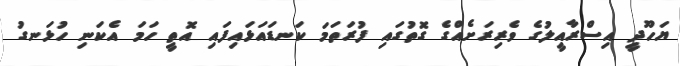
ޔަހޫދީ އިސްރާއީލުގެ ވެރިރަށެއްގެ ގޮތުގައި ފުރަތަމަ ކަނޑައަޅައިފައި އޮތީ ހަމަ އެކަނި ހުޅަނގު